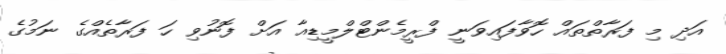
އަދި މި ފަރާތްތައް ހޮވާފައިވަނީ ފްރީމެންޓްލްމީޑިއާ އަށް ފޮނުވި ހަ ފަރާތެއްގެ ނަމުގެ